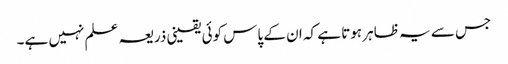
جس سے یہ ظاہر ہوتا ہے کہ ان کے پاس کوئی یقینی ذریعہ علم نہیں ہے۔